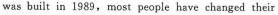
was built in 1989, most people have changed their